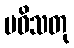
ပဝိသတု